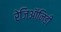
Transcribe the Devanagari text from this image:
रेजिऑनिडी